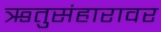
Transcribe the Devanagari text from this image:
ऋतुसंहारावर